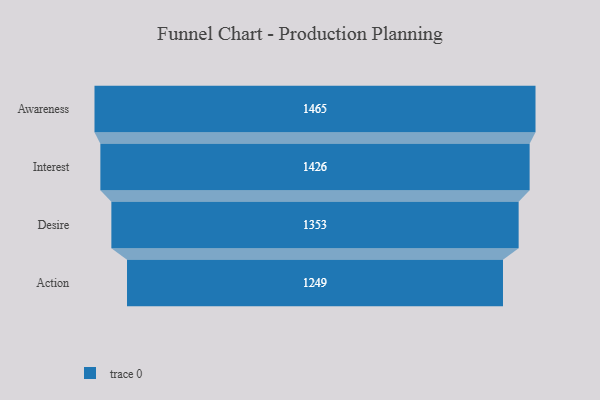
{"axis": {"x": "Stage", "y": "Value"}, "legend": [""], "data": [{"x": "Awareness", "y": 1465.0, "type": ""}, {"x": "Interest", "y": 1426.0, "type": ""}, {"x": "Desire", "y": 1353.0, "type": ""}, {"x": "Action", "y": 1249.0, "type": ""}]}